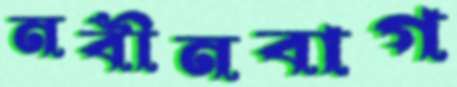
নবীনবাগ